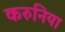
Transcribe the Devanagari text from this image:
करुनिया